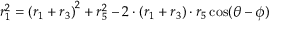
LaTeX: r _ { 1 } ^ { 2 } = \left( r _ { 1 } + r _ { 3 } \right) ^ { 2 } + r _ { 5 } ^ { 2 } - 2 \cdot \left( r _ { 1 } + r _ { 3 } \right) \cdot r _ { 5 } \cos ( \theta - \phi )